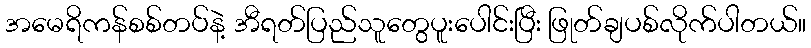
အမေရိကန်စစ်တပ်နဲ့ အီရတ်ပြည်သူတွေပူးပေါင်းပြီး ဖြုတ်ချပစ်လိုက်ပါတယ်။